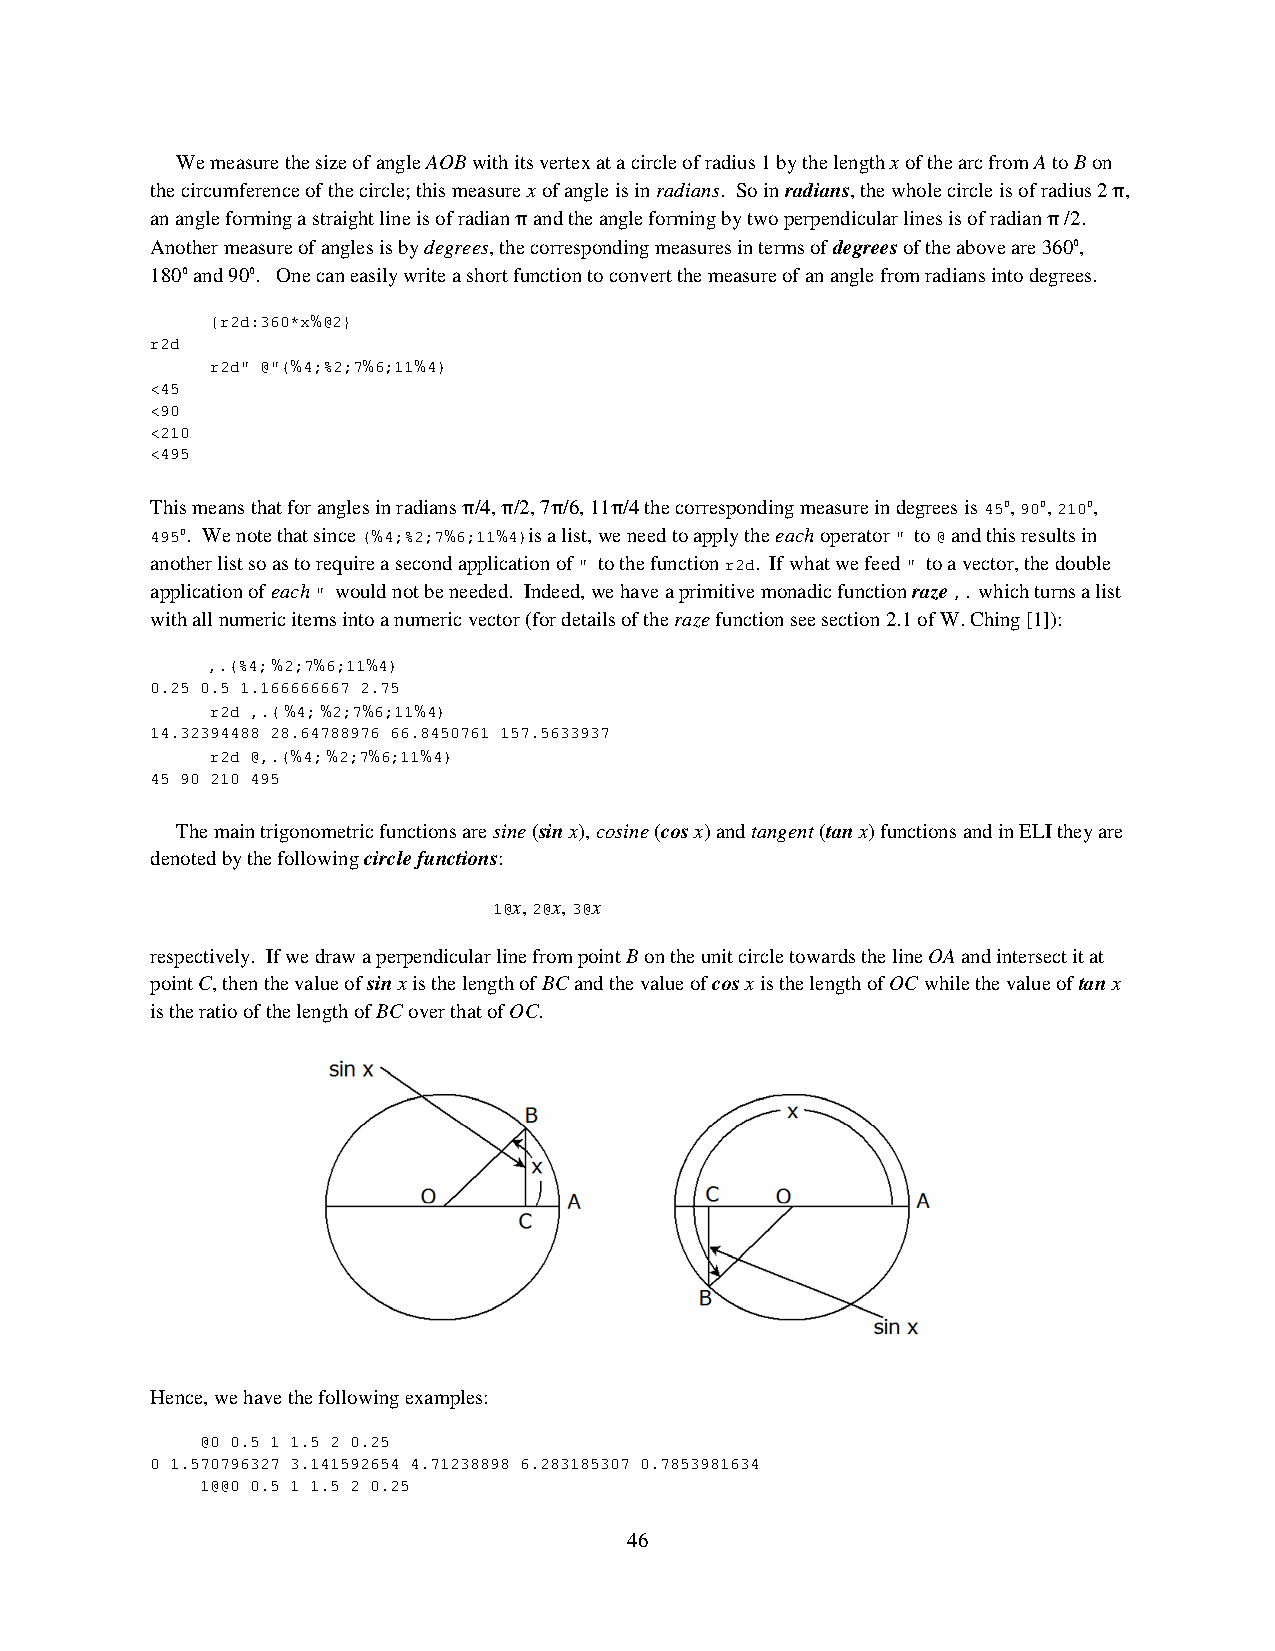
We measure the size of angle AOB with its vertex at a circle of radius 1 by the length x of the arc from A to B on
 the circumference of the circle; this measure x of angle is in radians. So in radians, the whole circle is of radius 2 ,
 π
 an angle forming a straight line is of radian and the angle forming by two perpendicular lines is of radian /2.
 π                                  π
 Another measure of angles is by degrees, the corresponding measures in terms of degrees of the above are 3600,
 1800 and 900. One can easily write a short function to convert the measure of an angle from radians into degrees.
 {r2d:360*x%@2}
 r2d
 r2d" @"(%4;%2;7%6;11%4)
 <45
 <90
 <210
 <495
 This means that for angles in radians /4, /2, 7 /6, 11 /4 the corresponding measure in degrees is 450, 900, 2100,
 π π  π   π
 4950. We note that since (%4;%2;7%6;11%4)is a list, we need to apply the each operator " to @ and this results in
 another list so as to require a second application of " to the function r2d. If what we feed " to a vector, the double
 application of each " would not be needed. Indeed, we have a primitive monadic function raze ,. which turns a list
 with all numeric items into a numeric vector (for details of the raze function see section 2.1 of W. Ching [1]):
 ,.(%4; %2;7%6;11%4)
 0.25 0.5 1.166666667 2.75
 r2d ,.( %4; %2;7%6;11%4)
 14.32394488 28.64788976 66.8450761 157.5633937
 r2d @,.(%4; %2;7%6;11%4)
 45 90 210 495
 The main trigonometric functions are sine (sin x), cosine (cos x) and tangent (tan x) functions and in ELI they are
 denoted by the following circle functions:
 1@x, 2@x, 3@x
 respectively. If we draw a perpendicular line from point B on the unit circle towards the line OA and intersect it at
 point C, then the value of sin x is the length of BC and the value of cos x is the length of OC while the value of tan x
 is the ratio of the length of BC over that of OC.
 Hence, we have the following examples:
 @0 0.5 1 1.5 2 0.25
 0 1.570796327 3.141592654 4.71238898 6.283185307 0.7853981634
 1@@0 0.5 1 1.5 2 0.25
 46